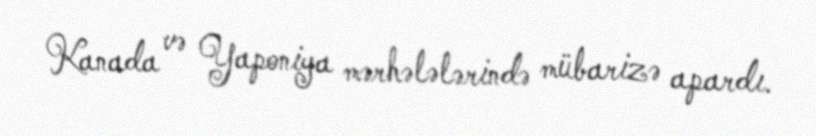
Kanada və Yaponiya mərhələlərində mübarizə apardı.